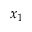
x _ { 1 }